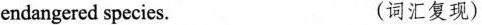
endangered species. (词汇复现)